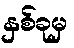
နှစ်ခုမှ